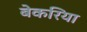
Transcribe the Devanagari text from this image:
बेकरिया